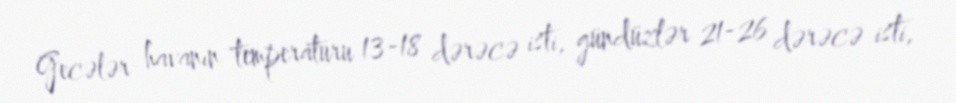
Gecələr havanın temperaturu 13-18 dərəcə isti, gündüzlər 21-26 dərəcə isti,